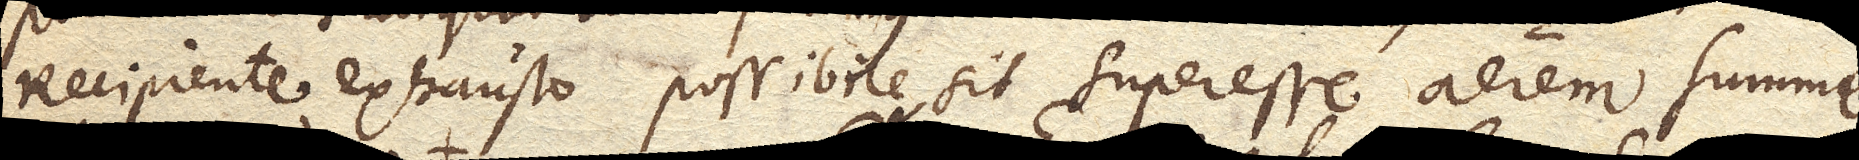
Recipiente exhausto possibile sit superesse aerem summe